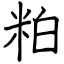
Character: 粕